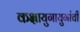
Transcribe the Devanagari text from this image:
कक्षायुगायुगांची